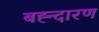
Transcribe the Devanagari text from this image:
बह्न्दारण